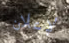
لإعلان